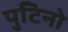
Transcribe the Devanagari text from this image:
पुटिनो